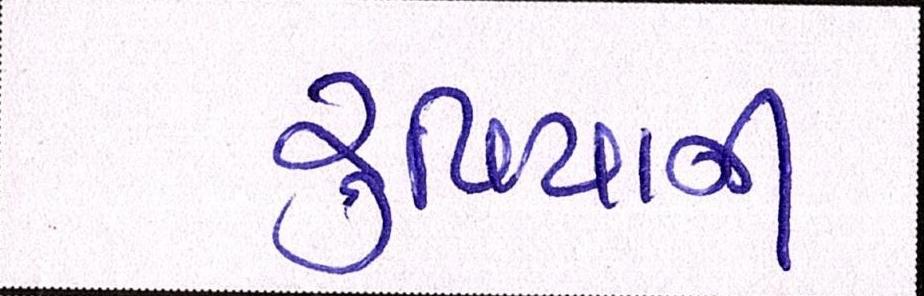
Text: રૃપિયાની